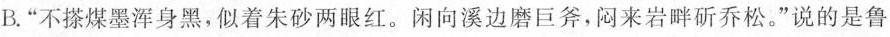
B.”不搽煤墨浑身黑，似着朱砂两眼红。闲向溪边磨巨斧，闷来岩畔斫乔松。”说的是鲁